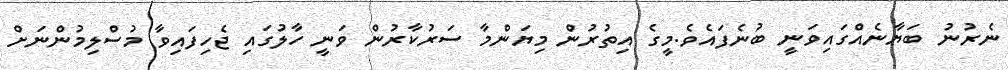
ނެރުނު ބަޔާނެއްގައިވަނީ ބުނެފައެވެ.މީގެ އިތުރުން މިޔަންމާ ސަރުކާރުން ވަނީ ހާލުގައި ޖެހިފައިވާ މުސްލިމުންނަށް